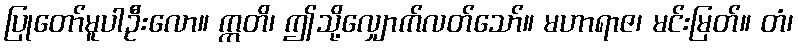
ပြုတော်မူပါဦးလော။ ဣတိ၊ ဤသို့လျှောက်လတ်သော်။ မဟာရာဇ၊ မင်းမြတ်။ တံ၊